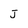
Character: J